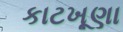
કાટખૂણા